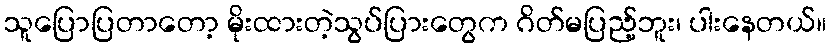
သူပြောပြတာတော့ မိုးထားတဲ့သွပ်ပြားတွေက ဂိတ်မပြည့်ဘူး၊ ပါးနေတယ်။